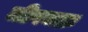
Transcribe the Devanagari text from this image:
जीवचक्र